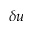
\delta \boldsymbol { u }